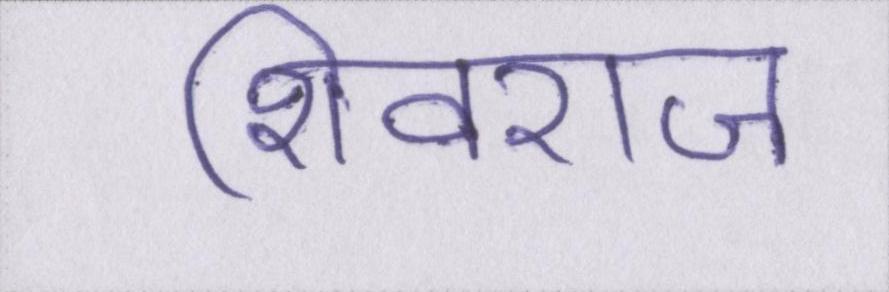
शिवराज